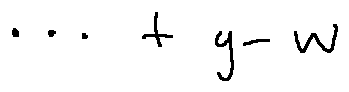
\cdots + g - w